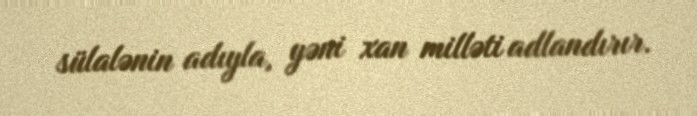
sülalənin adıyla, yəni xan milləti adlandırır.